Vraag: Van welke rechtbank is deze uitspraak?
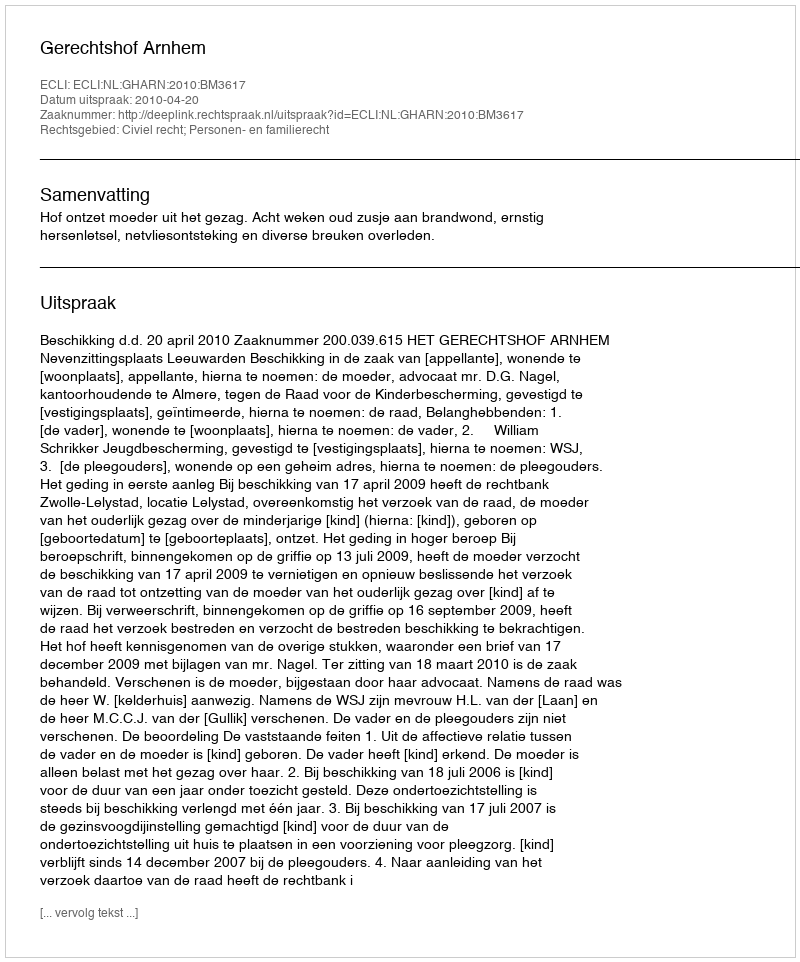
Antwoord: Gerechtshof Arnhem